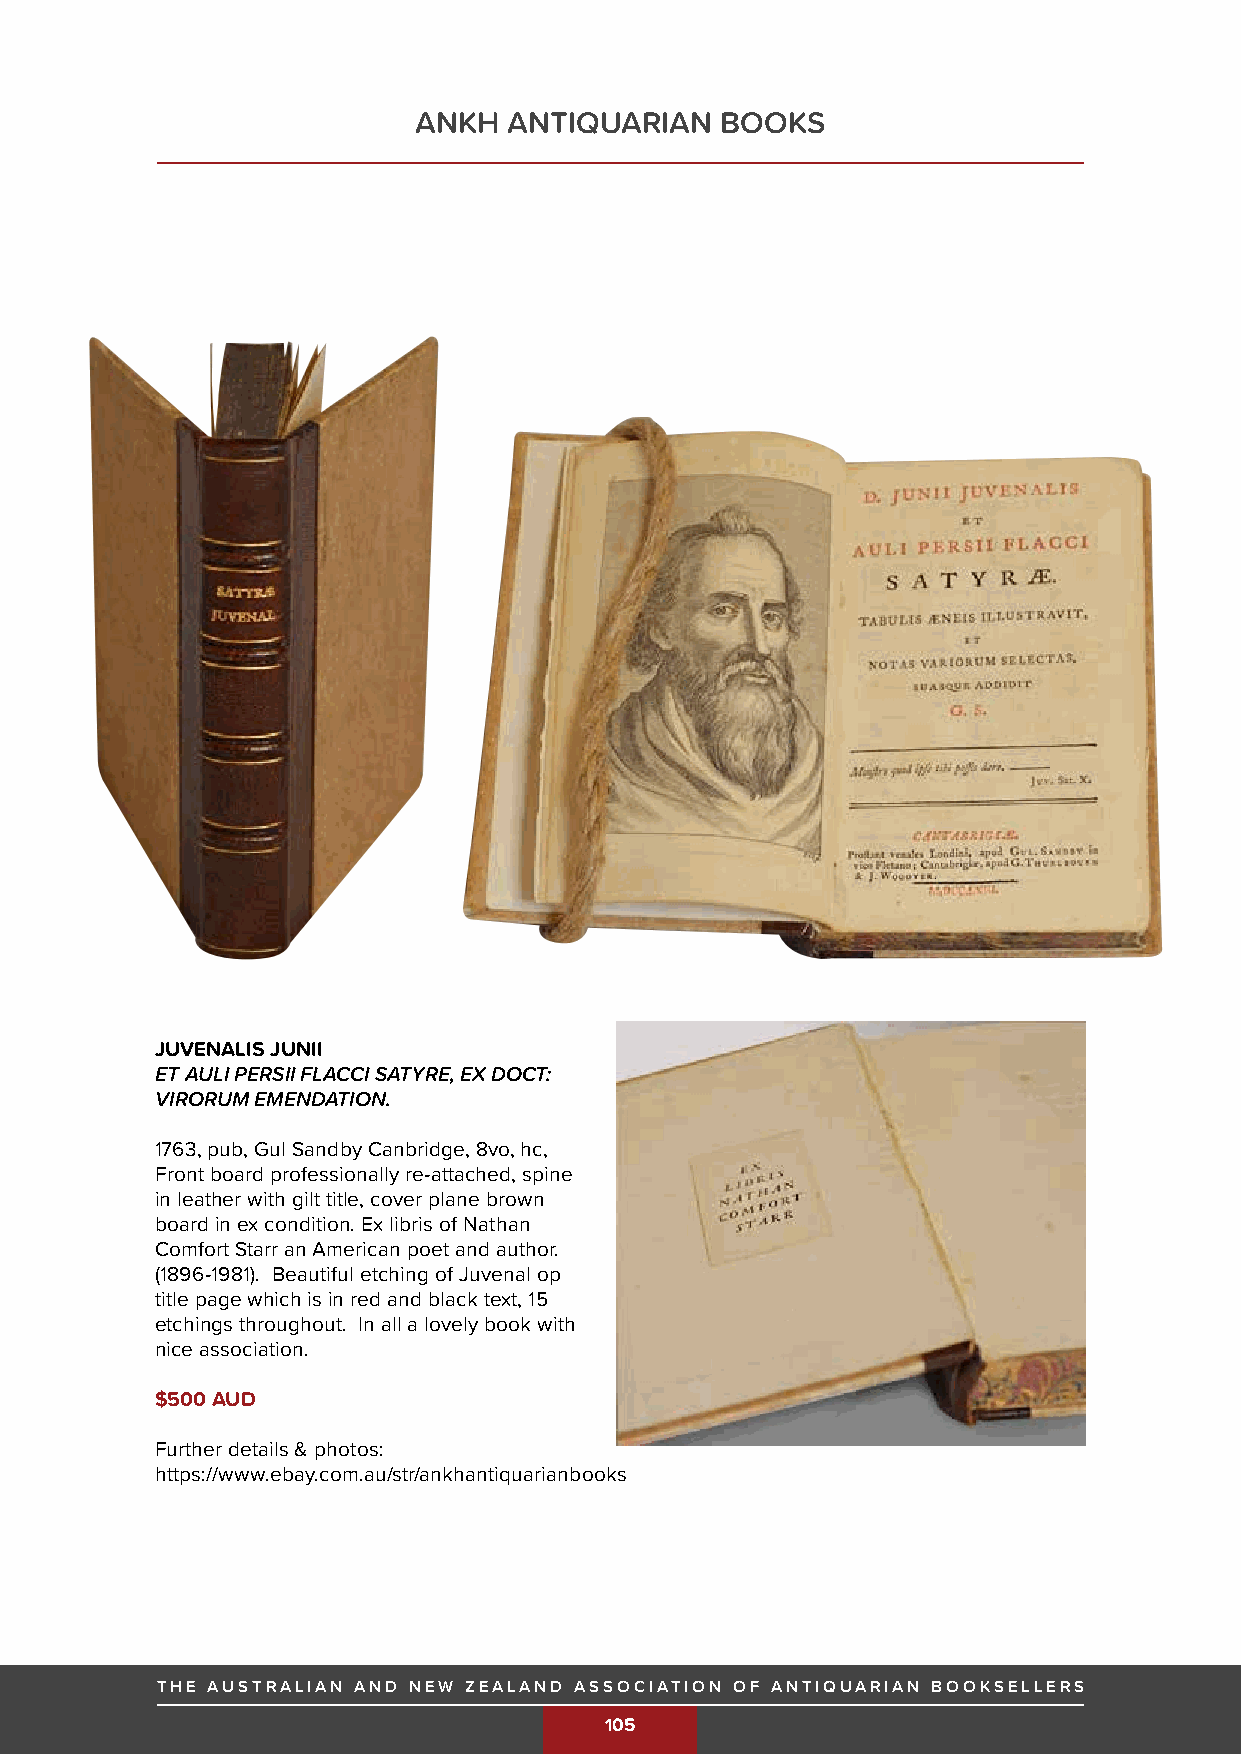
ANKH   ANTIQUARIAN   BOOKS
 JUVENALIS JUNII
 ET AULI PERSII FLACCI SATYRE, EX DOCT:
 VIRORUM EMENDATION.
 1763, pub, Gul Sandby Canbridge, 8vo, hc,
 Front board professionally re-attached, spine
 in leather with gilt title, cover plane brown
 board in ex condition. Ex libris of Nathan
 Comfort Starr an American poet and author.
 (1896-1981). Beautiful etching of Juvenal op
 title page which is in red and black text, 15
 etchings throughout. In all a lovely book with
 nice association.
 $500 AUD
 Further details & photos:
 https://w ww.ebay.com.au/str/ankhantiquarianbooks
 THE AUSTRALIAN AND NEW ZEALAND ASSOCIATION OF ANTIQUARIAN BOOKSELLERS
 THE AUSTRALIAN AND NEW ZEALAND ASSOCIATION OF ANTIQUARIAN BOOKSELLERS
 105